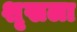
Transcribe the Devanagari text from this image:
शृखला